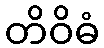
တိဝိဓံ